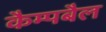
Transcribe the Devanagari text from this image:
कैम्पबैल